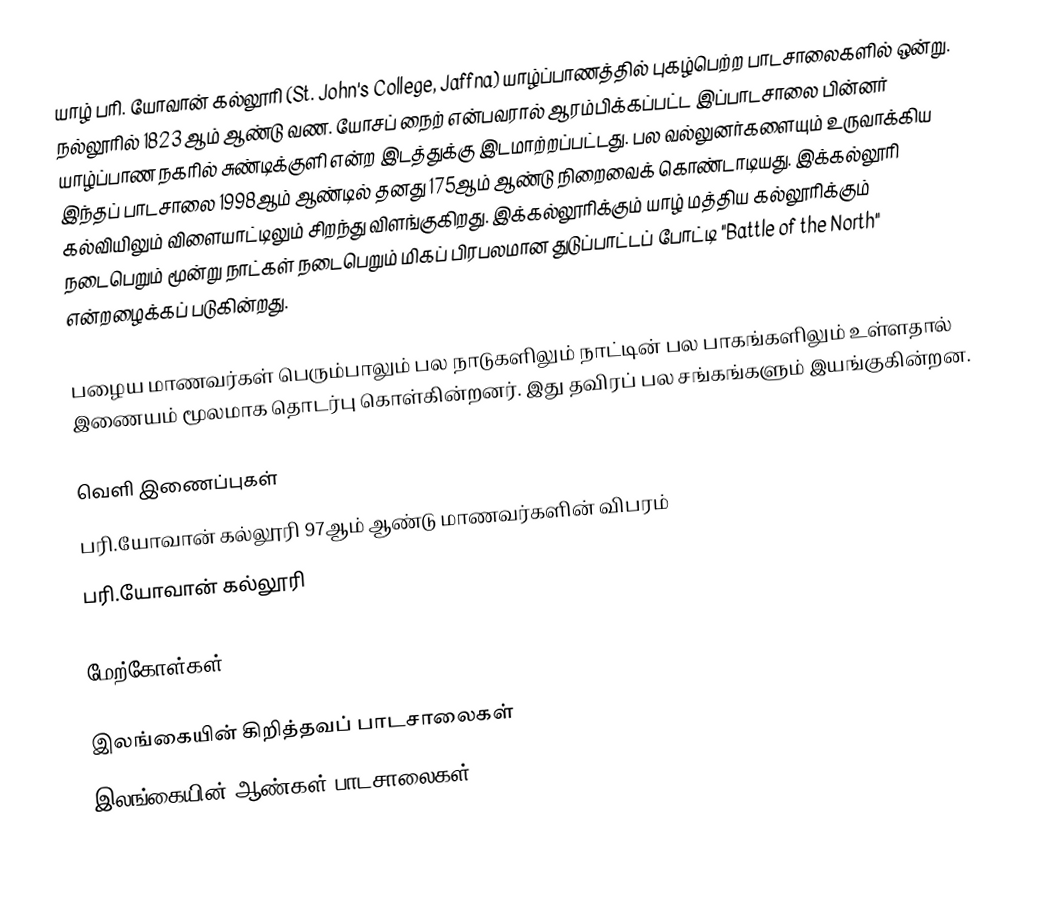
யாழ் பரி. யோவான் கல்லூரி (St. John's College, Jaffna) யாழ்ப்பாணத்தில் புகழ்பெற்ற பாடசாலைகளில் ஒன்று. நல்லூரில் 1823 ஆம் ஆண்டு வண. யோசப் நைற் என்பவரால் ஆரம்பிக்கப்பட்ட இப்பாடசாலை பின்னர் யாழ்ப்பாண நகரில் சுண்டிக்குளி என்ற இடத்துக்கு இடமாற்றப்பட்டது. பல வல்லுனர்களையும் உருவாக்கிய இந்தப் பாடசாலை 1998ஆம் ஆண்டில் தனது 175ஆம் ஆண்டு நிறைவைக் கொண்டாடியது. இக்கல்லூரி கல்வியிலும் விளையாட்டிலும் சிறந்து விளங்குகிறது. இக்கல்லூரிக்கும் யாழ் மத்திய கல்லூரிக்கும் நடைபெறும் மூன்று நாட்கள் நடைபெறும் மிகப் பிரபலமான துடுப்பாட்டப் போட்டி "Battle of the North" என்றழைக்கப் படுகின்றது.

பழைய மாணவர்கள் பெரும்பாலும் பல நாடுகளிலும் நாட்டின் பல பாகங்களிலும் உள்ளதால் இணையம் மூலமாக தொடர்பு கொள்கின்றனர். இது தவிரப் பல சங்கங்களும் இயங்குகின்றன.

வெளி இணைப்புகள்
 பரி.யோவான் கல்லூரி 97ஆம் ஆண்டு மாணவர்களின் விபரம்
 பரி.யோவான் கல்லூரி

மேற்கோள்கள்

இலங்கையின் கிறித்தவப் பாடசாலைகள்
இலங்கையின் ஆண்கள் பாடசாலைகள்